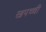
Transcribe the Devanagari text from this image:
खपच्ची